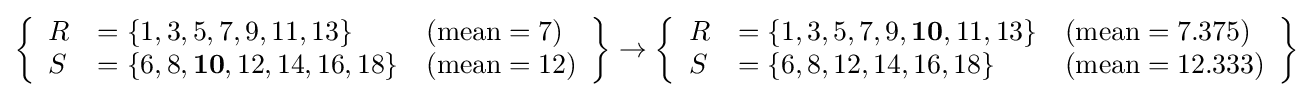
\left\{{\begin{array}{lll}R&=\{1,3,5,7,9,11,13\}&({\text{mean}}=7)\\S&=\{6,8,{\bf {10}},12,14,16,18\}&({\text{mean}}=12)\end{array}}\right\}\rightarrow \left\{{\begin{array}{lll}R&=\{1,3,5,7,9,{\bf {10}},11,13\}&({\text{mean}}=7.375)\\S&=\{6,8,12,14,16,18\}&({\text{mean}}=12.333)\end{array}}\right\}